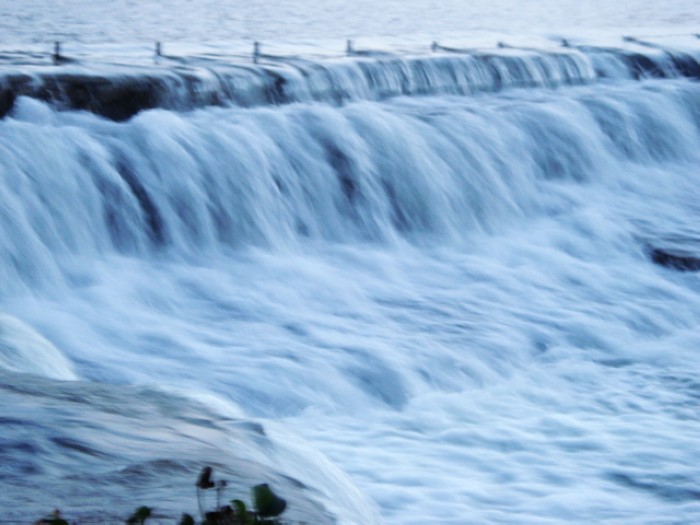
苜蓿阑干满上林，西风残秣独沉吟。